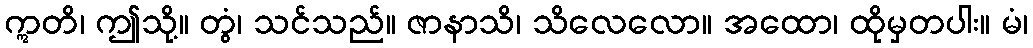
ဣတိ၊ ဤသို့။ တွံ၊ သင်သည်။ ဇာနာသိ၊ သိလေလော။ အထော၊ ထိုမှတပါး။ မံ၊